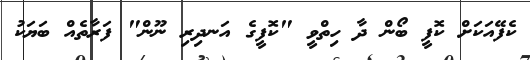
ކެފޭއަކަށް ކޮފީ ބޯން ދާ ހިތްވީ "ކޮފީގެ އަނދިރި ނޫން" ފަރާތެއް ބަޔަކު